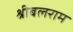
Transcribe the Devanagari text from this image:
श्रीबलराम